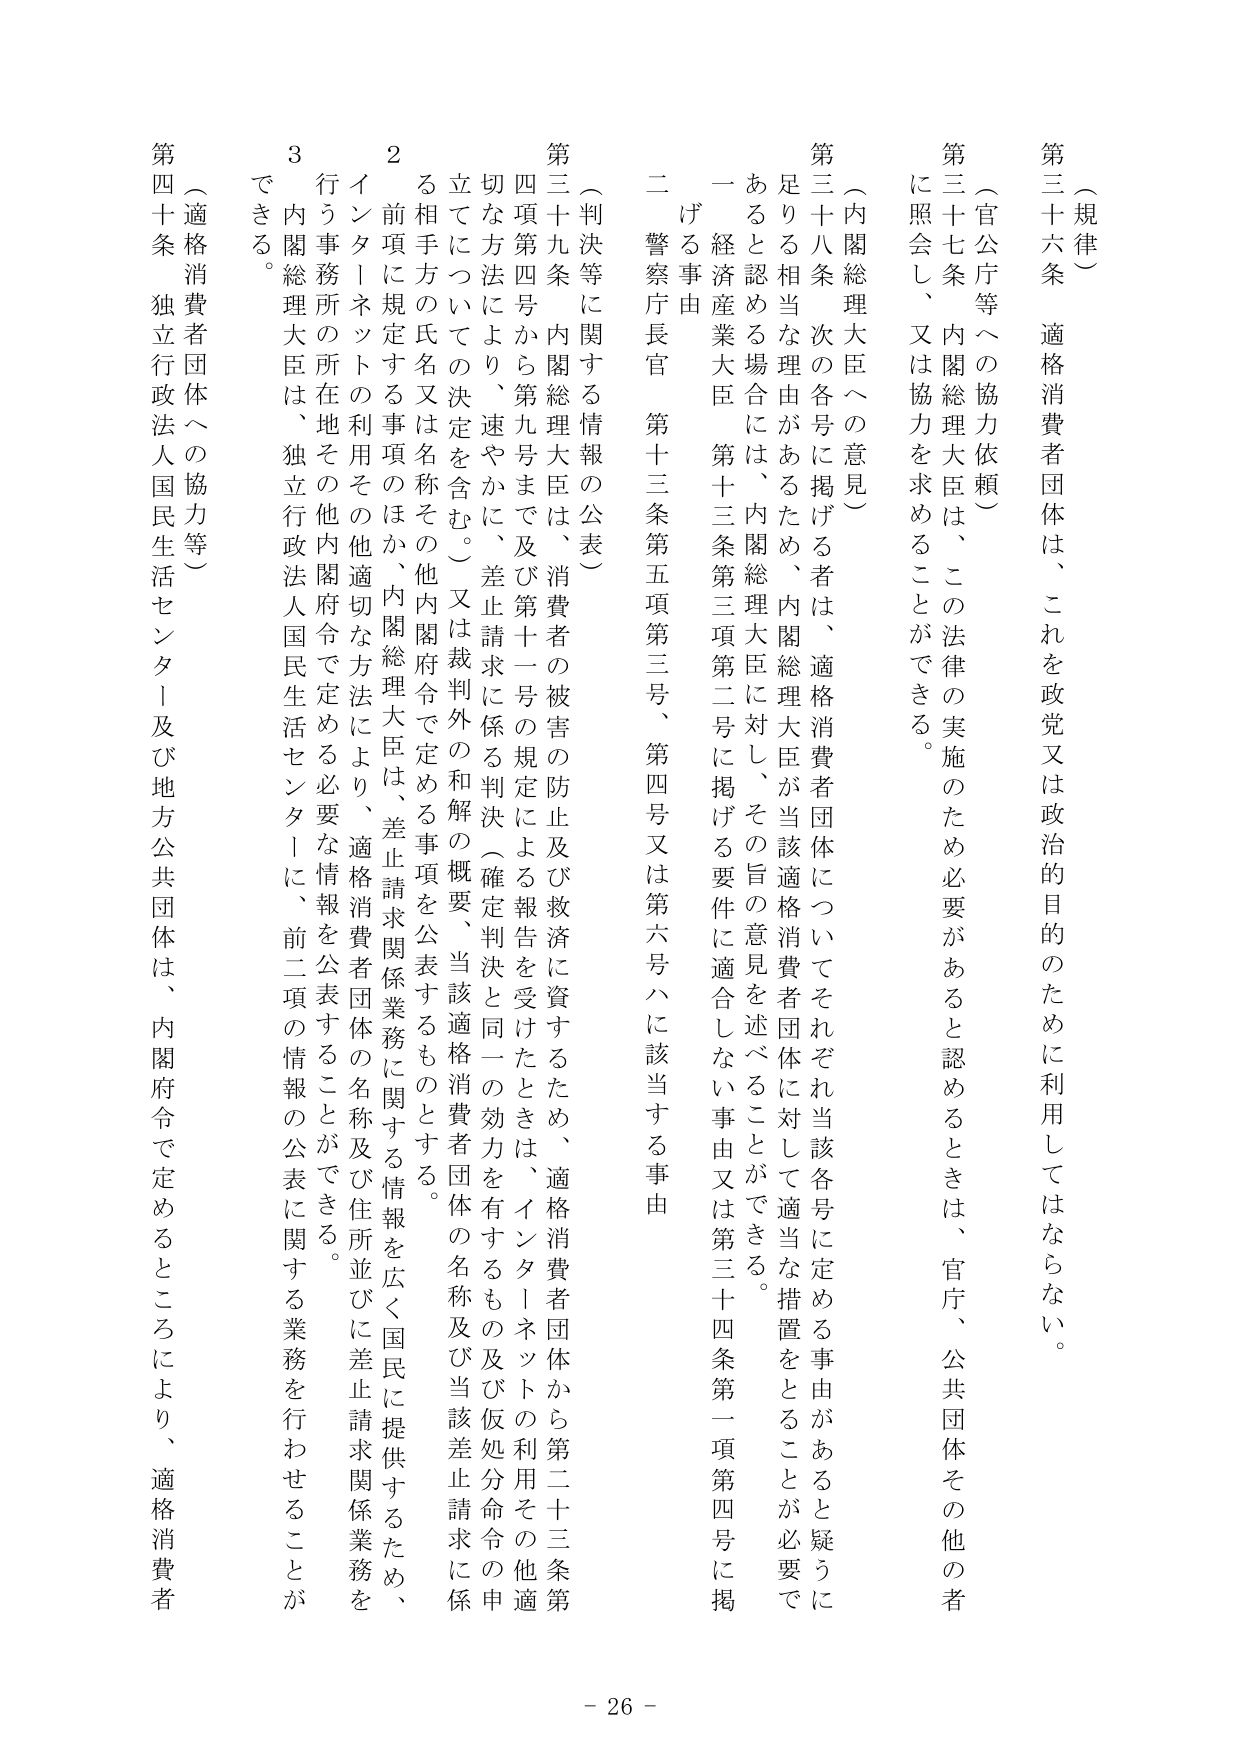
（規律）

第三十六条 適格消費者団体は、これを政党又は政治的目的のために利用してはならない。

（官公庁等への協力依頼）

第三十七条 内閣総理大臣は、この法律の実施のため必要があると認めるときは、官庁、公共団体その他 の者に照会し、又は協力を求めることができる。

（内閣総理大臣への意見）

第三十八条 次の各号に掲げる者は、適格消費者団体についてそれぞれ当該各号に定める事由があると疑うに足りる相当な理由があるため、内閣総理大臣が当該適格消費者団体に対して適当な措置をとることが必要であると認める場合には、内閣総理大臣に対し、その旨の意見を述べることができる。

一 経済産業大臣 第十三条第三項第二号に掲げる要件に適合しない事由又は第三十四条第一項第四号に掲げる事由

二 警察庁長官 第十三条第五項第三号、第四号又は第六号ハに該当する事由

（判決等に関する情報の公表）

第三十九条 内閣総理大臣は、消費者の被害の防止及び救済に資するため、適格消費者団体から第二十三条第四項第四号から第九号まで及び第十一号の規定による報告を受けたときは、インターネットの利用その他適切な方法により、速やかに、差止請求に係る判決（確定判決と同一の効力を有するもの及び仮処分命令の申立てについての決定を含む。）又は裁判外の和解の概要、当該適格消費者団体の名称及び当該差止請求に係る相手方の氏名又は名称その他内閣府令で定める事項を公表するものとする。

２ 前項に規定する事項のほか、内閣総理大臣は、差止請求関係業務に関する情報を広く国民に提供するため、インターネットの利用その他適切な方法により、適格消費者団体の名称及び住所並びに差止請求関係業務を行う事務所の所在地その他内閣府令で定める必要な情報を公表することができる。

３ 内閣総理大臣は、独立行政法人国民生活センターに、前二項の情報の公表に関する業務を行わせることができる。

（適格消費者団体への協力等）

第四十条 独立行政法人国民生活センター及び地方公共団体は、内閣府令で定めるところにより、適格消費者

- 26 -